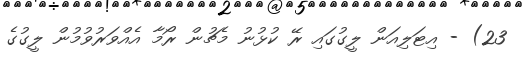
23) - އިޓަލިއަން ލީގުގައި ރޭ ކުޅުނު މެޗުން ރޯމާ އެއްވަރުވުމުން ލީގުގެ